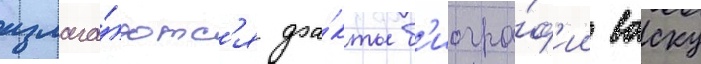
излага́ютс'я фа́кты б'иогра́ф'ии васку